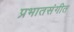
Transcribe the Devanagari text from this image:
प्रभातसंगीत